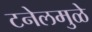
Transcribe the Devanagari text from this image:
टनेलमुळे